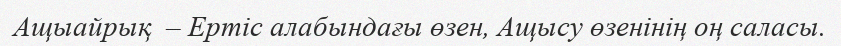
Ащыайрық  – Ертіс алабындағы өзен, Ащысу өзенінің оң саласы.